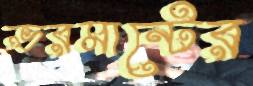
ভরমান্টের